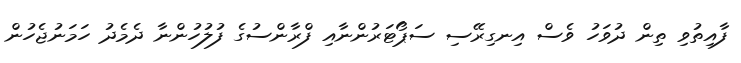
ފާއިތުވި ތިން ދުވަހު ވެސް އިނގިރޭސި ސަޕޯޓަރުންނާއި ފްރާންސުގެ ފުލުހުންނާ ދެމެދު ހަމަނުޖެހުން